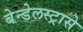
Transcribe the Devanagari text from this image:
बेन्डेलस्ट्रासे